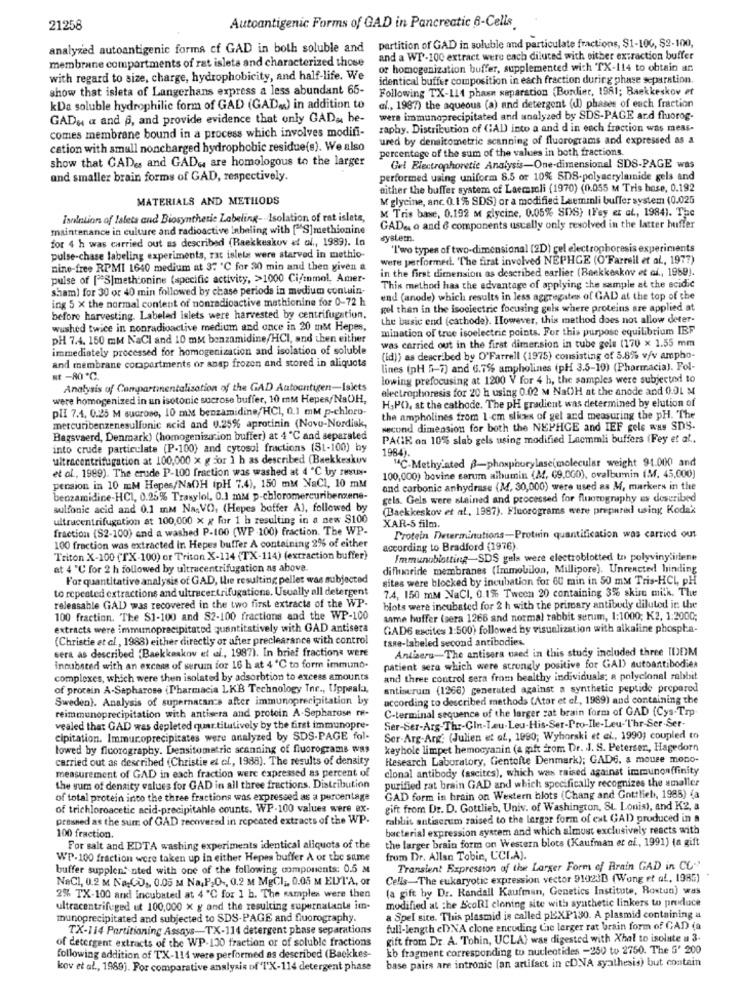
21258
Autoantigenic Forms of GAD in Pancreatic 6-Cells.
partition of GAD in soluble and particulate fractions, $1-100, $2-100,
analyzed autoantigenic forma cf GAD in both soluble and
membrane compartments of rat isleta and characterized those
and a WP-100 extract were each diluted with either extraction buffer
of homogenization buffer, supplemented with TX-114 to obtain an
with regard to size, charge, hydrophobicity, and half-life. We
identical buffer composition in each fraction during phase separation.
show that isleta of Langerhans express a less abundant 65-
Following TX-111 phase separation (Bordier, 1981; Baekkeskov et
kDa soluble hydrophilic form of GAD (GAD .. ) in addition to
al ., 1987) the aqueous (a) and detergent (d) phases of each fraction
GADu a and 6, and provide evidence that only GAD ,, he-
were immunoprecipitated and analyzed by SDS-PAGE and fhorog-
raphy. Distribution of GAL into a and d in each fraction was meas-
comes membrane bound in a process which involves modifi-
ured by densitometric scanning of fluorograms and expressed as a
cation with small noncharged hydrophobic residue(s). We also
percentage of the sum of the values in both fractions.
show that GADgs and GAD ,, are homologous to the larger
Gel Electrophoretic Analysis-One-dimensional SDS-PAGE was
and smaller brain forms of GAD, respectively.
performed using uniform 8.5 or 10% SDS-polyacrylminide gels and
either the buffer system of Laemamli (1970) (0.055 M Tris base, 0.192
MATERIALS AND METHODS
M glycine, anc 0.1% SDS) or a modified Laemmli buffer system (0.025
M Tris base, 0.192 M glycine, 0.05% SDS) (Fey et al ., 1984). The
Isolation of Istets and Biosynthetic Labeling- - Isolation of rat islets,
maintenance in culture and radioactive Inhaling with ["S]methionine
GAD& a and 6 components usually only resolved in the latter huffer
for 4 h was carried out as described (Baekkeskov et al ., 1989). In
system.
"I'wo types of two-dimensional (2D) gel electrophoresis experiments
pulse-chase labeling experiments, rat islela were starved in methio-
were performed. "The first involved NEPHGE (O'Farrell et al ., 1977)
nine-free RPMI 1640 medium at 37 "℃ for 30 min and then given a
in the first dimension as described earlier (Bankkeskov et af ., 1969).
pulse of ["S|methionine (specific activity, >>1000 Ci/mmol, Amer-
sham) for 30 or 40 min followed by chase periods in medium contuin-
This method has the advantage of applying the sample at the acidic
ing 5 x the normal content of nonradioactive methionine for 0-72 h
end (anode) which results in less aggregates of GAD at the top of the
gel than in the isociectric focusing gels where proteins are applied at
before harvesting. Labeled islets were harvested by centrifugation.
the basic end (cathode). However, this method does not allow deter-
wushed twice in nonradioactive medium and once in 20 ms Hepes,
mination of true isoelectric points. For this purpose equilibrium IEF
pH 7.4. 150 mm NaCl and 10 mM benzamidine/HCI, and then either
was carried out in the first dimer.sion in tube gele (170 x 1.55 mm
immediately processed for homogenization and isolation of soluble
(id)) as described by O'Farrell (1975) consisting of 5.8% v/v ampho-
and membrane corapartments or anap frozen and stored in aliquots
lines (pH 5-7) and 6.7% ampholines (pH 3.5-10) (Pharmacia). Fol-
Rt -RO *℃.
lowing prefocusing at 1200 V for 4 h, the samples were subjected to
Analysis of Compartinentalisation of the GAD Autoantigen-Isicts
electrophoresis for 20 h using 0.02 M NaOH at the anode and 0.01 M
were homogenized in un isotonic sucrose buffer, 10 mM Hepes/ NaOH,
plI 7.4, 0.25 M sucrose, 10 mM benzamidine/HCI, 0.1 mM p-chloro-
H.PO. at the cathode. The pH gradient was determined by elution of
the ampholines from 1-cm slices of gel and measuring the pH. "The
mercuribenzenesulfonic acid and 0.25% aprotinin (Novo-Nordisk,
wecond dimension for both the NEPHGE and IEF gele was SDS.
Bagsvaerd, Denmark) (homogenization buffer) at 4 ℃ and separated
PAGE on 10% slab gels using modified Laemmli buffers (Fey et al .,
into crude particulate (P-100) and cytosol fractions (S1-100) by
ultracentrifugation at 100,000 x g jor 1 h as described (Baekkeskuv
1984).
et al, 1989). The crude P-100 fraction was washed at 4 ℃ by resus-
"4℃-Methylated -phosphorylase(molecular weight 91.000 and
100,000) bovine serum albumin (Af, (9.000), ovalbumin (M, 45,000)
pension in 10 mM Hepes/NaOH ipH 7.4), 150 mM NaCl, 10 mM
and carbonic anhydrase (M, 30,000) were used as M, markers in the
benzamidine-HCI, 0.25% Trasylol, 0.1 mM p-chloromercuribenzene-
gels. Gels were stained and processed for fluorography as described
sulfonic acid and 0.1 mm Na. VO, (Hepes buffer A), followed by
(Backkeskov et al, 1987). Fluorograms were prepared using Kodak
ultracentrifugation at 100,000 x x for 1 h resulting in a new $100
fraction (S2-100) and a washed P-100 (WP -100) fraction. The WP-
XAR-5 film.
Protein Determinations-Protein quantification was carried out
100 fraction was extracted in. Hepes buffer A containing 2% of either
according to Bradford (1976)
Triton X-100 (TX-100) or Triton X-114 (TX-114) (extraction buffer)
Immunoblotting-SDS gels were electroblotted to polyvinylidene
at 4 ℃ for 2 h followed by ultracentrifugation as above.
difluoride membranes (Immobilon, Millipore). Unreacted binding
For quantitative analysis of GAD, the resulting pellet was subjected
sites were blocked by incubation for 60 min in 50 mst Tris-HCL PH
to repeated extractions and ultracentrifugations. Usually all detergent
7.4, 150 mM NaCl, 0.1% Tween 20 containing 3% skim milk. The
releasable GAD was recovered in the two first extracts of the WP-
blots were incubated for 2 h with the primary antibody diluted it the
100 fraction. The S1-100 and S2-100 fractions and the WP-100
same huffer (sera 1266 and normal rabbit serum, 1:1000; K2, 1:2000;
extracts were immumoprecipitated quantitatively with GAD antisera
GAD6 excites 1:500) followed by visualization with alkaline phospha-
(Christie et al ., 1988) either directly or after preclearance with control
taRe-labeled second antibodies.
sera as described Baekkeskov et al ., 1987). In brief fraction« Were
Antisera-The antisera naed in this study included three IDOM
incubsted with an excess of serum for 16 h at 4 ℃ to form immimo.
patient sera which were strongly positive for GAI) autoantibodies
complexes, which were then isolated by adsorbtion to excess amounts
and three control sera from healthy individuals; a polyclonal rabisit
of procain A-Sapharose (Pharmacia LKB Technology Inc ., Uppsala,
antiserum (1266) generated against a synthetic peptide prepared
Sweden). Analysis of supernacancs after immunoprecipitation by
according to described methods (Ator et al ., 1989) and containing the
reimmunoprecipitation with antisera and protoin A-Sepharose re-
C-terminal sequence of the larger zat brain form of GAD (Cys-Trp
vealed that GAD was depleted quar.titutively by the first immunopre-
Ser-Ser-Arg-Thr-Cin-Leu-Leu-His-Ser-Pro-Ile-Leu-'I'hr-Ser.Ser-
cipitation. Immuroprecipitates were analyzed by SDS-PAGE fol-
Ser-Arg-Arg: (Julien et af ., 1990; Wyhorski et al ., 1990; coupled to
lowed by floorography. Densitometric scanning of fluorograms was
keyhole limpet hemocyanin (a gift from Dr. J. S. Petersen, Hagedorn
carried out as described (Christie et al ., 1988). The results of density
Research Laboratory, Gentofte Denmark); GAD6. a mouse mono-
measurement of GAD in each fraction were expressed as percent of
clonal antibody (ascites), which was raised against immunoaffinity
purified rat brain GAD and which specifically recognizes the smaller
the sum of density values for GAD in all three fractions. Distribution
of total protein into the three fractions was expressed as a percentage
GAD form in brain on Western blots (Chang and Gottlieb, 1985) {a
of trichloroacetic acid-precipitahle counts. WP-100 values were ex-
gift from Dr. D. Gottlieb, Univ. of Washington, St. Louis), and K2, a
pressed as the sum of GAD recovered in repeated extracts of the WP.
rablit antiserum raised to the larger form of ext GAD produced in a
bacterial expression system and which almost exclusively reacts with
100 fraction.
the larger brain form on Western blots (Kaufman et al ., 1991) (a gift
For salt and EDTA washing experiments identical aliquots of the
WP-100 fraction were taken up in either Hepes buffer A or the same
from Dr. Allan Tobin, UCLA).
buffer supplen: nted with one of the following components: 0.5 M
Transient Expression of the Larger Form of Brain GAD in CC-'
NeCl, 0.2 M Na CD ,, 0.05 M Na,PO -, 0.2 M MgCl ;, 0.05 M ELFT'A, or
Cells-The eukaryotic expression vector 91023D (Wong et af, 1985)
(a gift by Dr. Randall Kaufman, Genetics Institute, Rostun) was
2% TX-100 and incubated at 4 ℃ for 1 b. The samples were then
modified at the IcoRI cloning site with synthetic linkers to produce
ultracentrifuged ut 100,000 x g and the resulting supernatante im-
munoprecipitated and subjected to SDS-PAGE and fluorography.
a Spel site. This plasmid is called pEXP130. A plasmid containing a
TX-114 Partitioning Assays-TX-114 detergent phase separations
full-length eDNA clone encoding the larger rat brain form of GAD (a
of detergent extracts of the WP-130 fraction or of soluble fractions
gift from Dr. A. Tohin, UCLA) was digested with Xhal to isolate u 3-
kb fragment corresponding to nucleotides -250 to 2750. The 5' 200
following addition of TX-114 were performed as described (Backkes-
base pairs are intronic (an artifact in cDNA syathesis) but contain
kov et al ., 1989). For comparative analysis of 'I'X-114 detergent phase